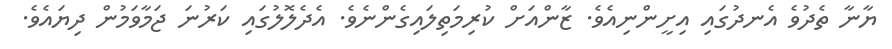
ޔާނާ ތެދުވެ އެނދުގައި އިށީންނިއެވެ. ޒާންއަށް ކުރިމަތިލައިގެންނެވެ. އެދެލޮލުގައި ކަރުނަ ޖަމާވަމުން ދިޔައެވެ.